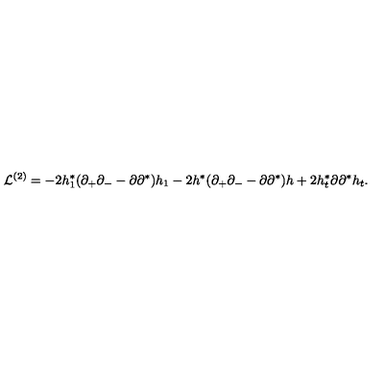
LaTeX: { \cal L } ^ { ( 2 ) } = - 2 h _ { 1 } ^ { * } ( \partial _ { + } \partial _ { - } - \partial \partial ^ { * } ) h _ { 1 } - 2 h ^ { * } ( \partial _ { + } \partial _ { - } - \partial \partial ^ { * } ) h + 2 h _ { t } ^ { * } \partial \partial ^ { * } h _ { t } .